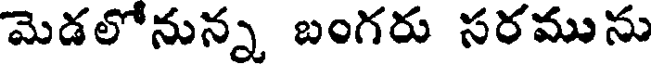
మెడలోనున్న బంగరు సరమును